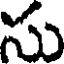
సు